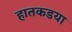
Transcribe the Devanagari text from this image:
हातकडया